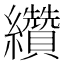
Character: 纘